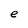
Character: e